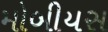
મોબીયસ